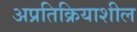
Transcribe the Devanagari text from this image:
अप्रतिक्रियाशील